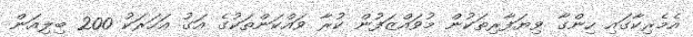
އެމެރިކާގައި ހިންގާ ވިޔަފާރިތަކުން މުވައްޒަފުން ކުރާ ވައްކަންތަކުގެ އަގު އަހަރަކު 200 ބިލިއަން